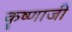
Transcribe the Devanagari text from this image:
कॄष्‍णाजी